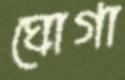
ঘোগা